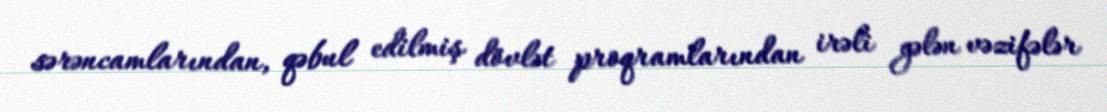
sərəncamlarından, qəbul edilmiş dövlət proqramlarından irəli gələn vəzifələr